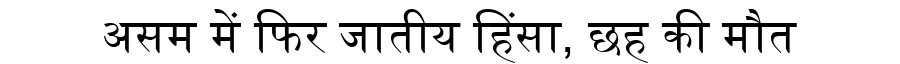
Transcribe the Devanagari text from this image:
असम में फिर जातीय हिंसा, छह की मौत